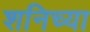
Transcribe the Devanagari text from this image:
शनिच्या